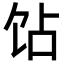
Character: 𬲫